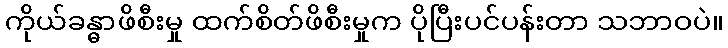
ကိုယ်ခန္ဓာဖိစီးမှု ထက်စိတ်ဖိစီးမှုက ပိုပြီးပင်ပန်းတာ သဘာဝပဲ။